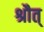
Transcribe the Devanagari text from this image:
श्रौत्